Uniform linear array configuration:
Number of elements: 16
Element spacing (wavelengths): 1
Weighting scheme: cosine
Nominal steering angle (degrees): -45
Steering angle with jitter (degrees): -46.756
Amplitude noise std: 0.05
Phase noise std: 0.05

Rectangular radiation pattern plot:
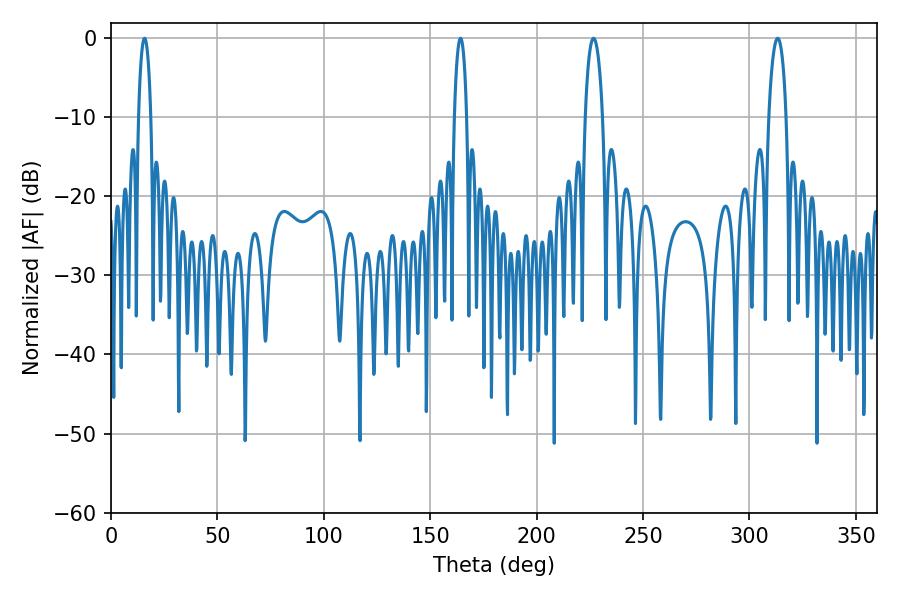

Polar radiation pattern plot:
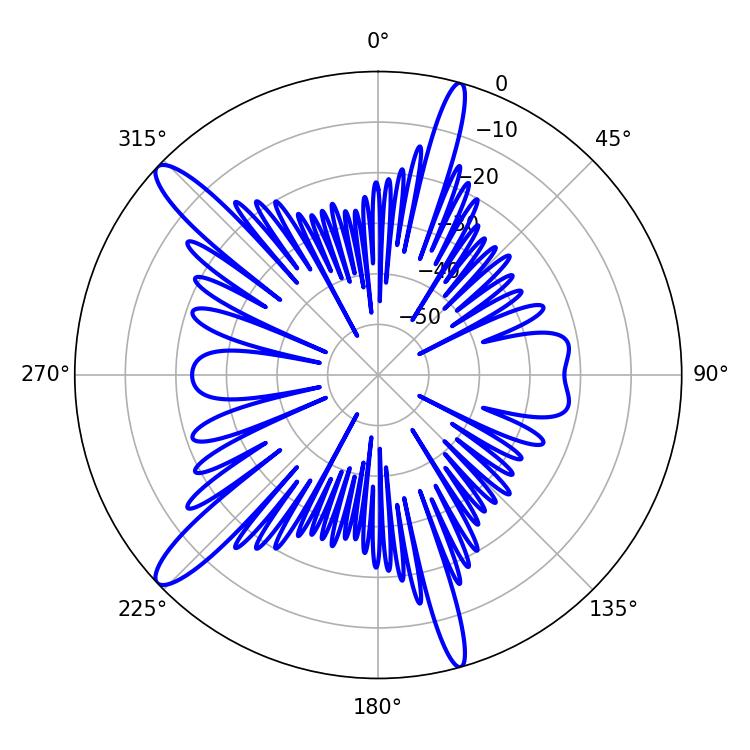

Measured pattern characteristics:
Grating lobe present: TRUE
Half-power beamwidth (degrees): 4.68
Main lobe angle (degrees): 226.8